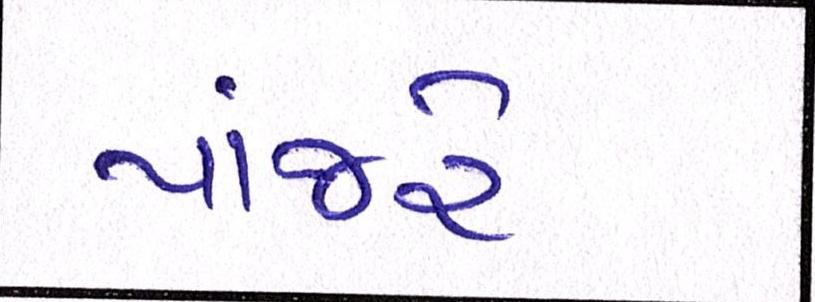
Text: પાંજરે